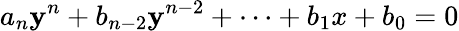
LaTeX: a_{n}\mathbf{y}^{n}+b_{n-2}\mathbf{y}^{n-2}+\dots+b_{1}x+b_{0}=0